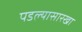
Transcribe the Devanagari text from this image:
पडल्यासारखा